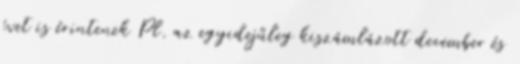
évet is érintenek Pl. az egyidejűleg kiszámlázott december és